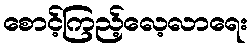
စောင့်ကြည့်လေ့လာရေး